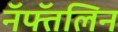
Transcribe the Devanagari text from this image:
नॅफ्तॅलिन